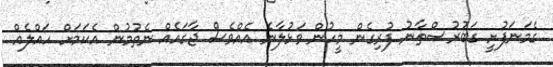
ގެމަނަފުށީ ގަބުރުސްތާނު ފުރިގެން މީހުން ވަޅުލާނެ އެއްވެސް ޖާގައެއް ނެތުމުން އެކަމަށް ހައްލެއް